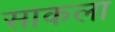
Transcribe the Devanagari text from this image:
साकला